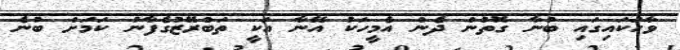
ވާހަކައިގައި ބުނާ ގޮތުން ދެން އެމީހަކު އޭނާ އަކީ ތަބްރޭޒުގެފާނު ކަމަށް ބުނެ